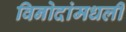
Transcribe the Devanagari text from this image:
विनोदांमधली